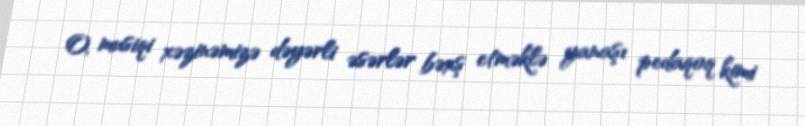
O, musiqi xəzinəmizə dəyərli əsərlər bəxş etməklə yanaşı pedaqoq kimi